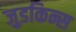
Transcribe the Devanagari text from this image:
जुडकिन्स